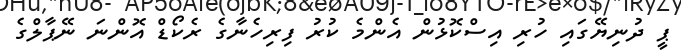
ޕީ ދުނިޔޭގައި ހުރި އިސްކޮޅުން އެންމެ ކުރު ފިރިހެނާގެ ރެކޯޑް އޮންނަ ނޭޕާލްގެ